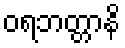
ဝရဘတ္တာနိ